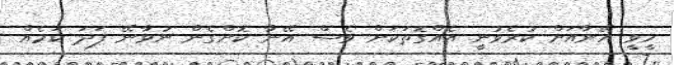
ހީވީ އޭނާއަށް ކުރެވުނީ އެއްގޮތަކަށް ވެސް އޭނާ ކޮށްގެން ނުވާނޭ ފަދަ ކަމެއް